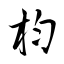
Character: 枃